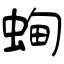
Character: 蜔